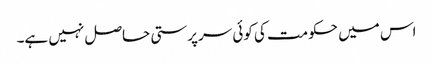
اس میں حکومت کی کوئی سرپرستی حاصل نہیں ہے۔